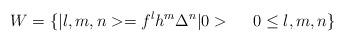
LaTeX: \begin{align*}W = \{ \vert l ,m ,n > = f^l h^m \Delta^n \vert 0 >\ \ \ \ 0\leq l , m ,n \}\end{align*}